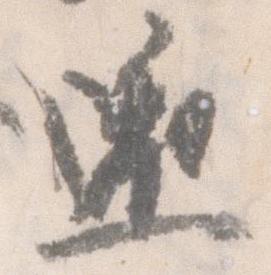
還